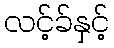
လင့်ခ်နှင့်